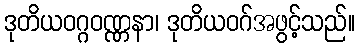
ဒုတိယဝဂ္ဂဝဏ္ဏနာ၊ ဒုတိယဝဂ်အဖွင့်သည်။